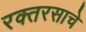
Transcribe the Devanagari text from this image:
रक्तरसाचे